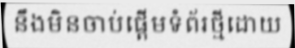
នឹងមិនចាប់ផ្តើមទំព័រថ្មីដោយ